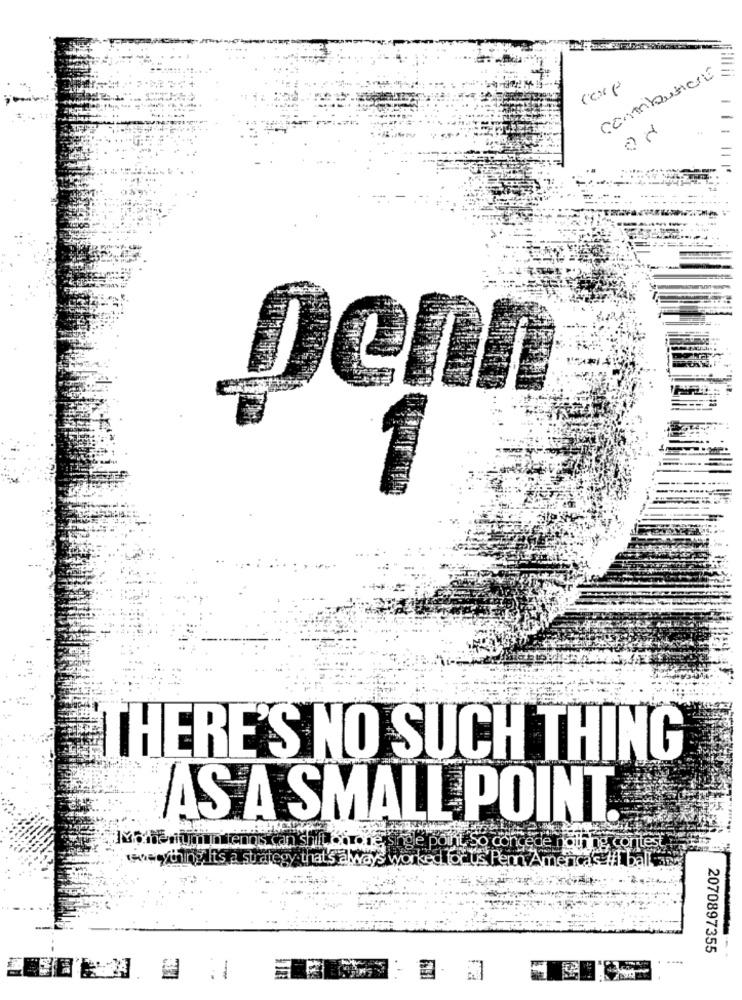
computers
Denn
THERE'S NO SUCH THING
AS A SMALL POINT.
thing contest
newthing It's a strategy that's always work
2070897355